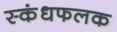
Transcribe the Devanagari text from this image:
स्कंधफलक